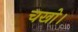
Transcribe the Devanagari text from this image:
चखो।